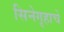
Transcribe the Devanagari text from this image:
सिनेगृहाचे